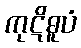
ကုဋိဓူပံ